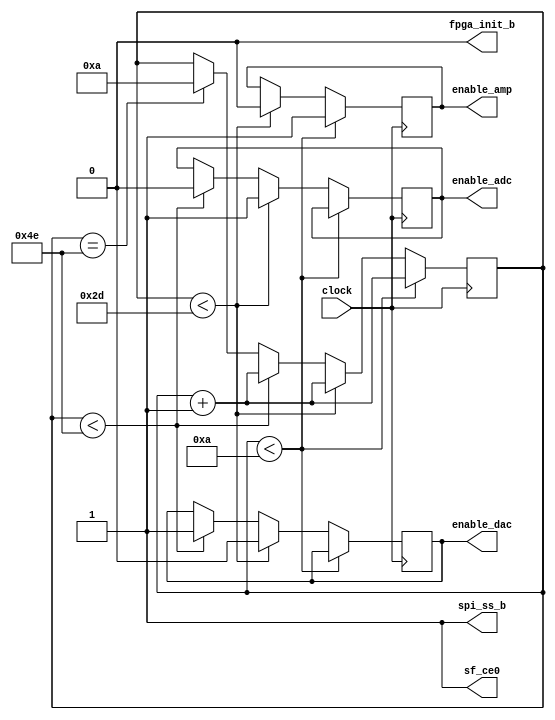
// Generara el control para la sincronizacin del AMP,ADC y DAC
// las salidos son las seales de habilitacin para los dispositivos
 
module controlador(
    input clock,
    output reg enable_amp,
    output reg enable_adc,
    output reg enable_dac,
	 
	 // modulos del SPI a deshabilitar para el buen funcionamiento
	 // de ADC y DAC
    output reg spi_ss_b,
    output reg sf_ce0,
    output reg fpga_init_b
    );

reg [6:0]contador; // se genera un contador de 6 bits de 0 a 2^6
initial begin 	
	contador <=0;	// inicializa las variables en 0
	enable_amp<=0;	  
	enable_adc<=0;
	enable_dac<=0;
	
	spi_ss_b<=1;	// Deshabilita los modulos de spi que no se usan
	sf_ce0<=1;
	fpga_init_b<=0;
end

//10 cantos de reloj para gain (necesita 8 pero para dar holgura)
//35 para adc
//34 para dac
//Contador desde el 1 al "79"
//79=10 para el contador pues nunca se vuelve a "0" (gain solo una vez)
//Se vuelve a ADC

always@(negedge clock) begin	// en cada subida de reloj
	if(contador<10) begin	// se ejecuta 1 sola vez
		contador<=contador+1;
		enable_amp<=1;		// se mantiene la habilitacin del AMP por 10 cantos de reloj
								// en donde se envian las configuraciones al AMP 
	end
	else if(contador<45) begin
		contador<=contador+1;	
		enable_amp<=0;				// se deshabilita AMP para que lea entradas
		enable_adc<=1;				//	
		enable_dac<=0;
	end
	else if(contador<78) begin
		contador<=contador+1;
		enable_adc<=0;
		enable_dac<=1;
	end
	else if(contador==78) // no poner else 
		contador<=10;
end

endmodule